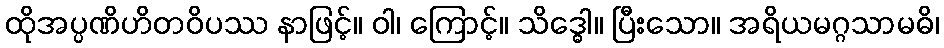
ထိုအပ္ပဏိဟိတဝိပဿ နာဖြင့်။ ဝါ၊ ကြောင့်။ သိဒ္ဓေါ။ ပြီးသော။ အရိယမဂ္ဂသာမဓိ၊